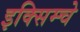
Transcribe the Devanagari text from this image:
इक्सिम्चे